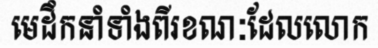
មេដឹកនាំទាំងពីរខណៈដែលលោក